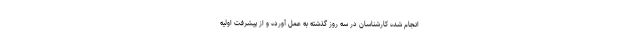
انجام شده کارشناسان در سه روز گذشته به عمل آورده و از پیشرفت اولیه